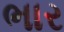
ભાર